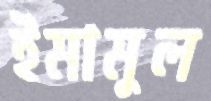
ইমামুল